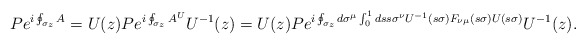
\begin{align*}P e^{i\oint_{\sigma_z}A}=U(z) P e^{i\oint_{\sigma_z}A^U}U^{-1}(z)= U(z)P e^{i\oint_{\sigma_z}d\sigma^\mu\int_0^1ds s\sigma^\nu U^{-1}(s\sigma)F_{\nu\mu} (s\sigma)U(s\sigma)}U^{-1}(z). \end{align*}